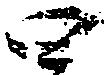
四